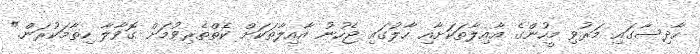
ހާދިސާގައި މަރުވި މީހުންގެ އާއިލާތަކަށާއި ހާލުގައި ޖެހުނު އާއިލާތަކަށް ކެތްތެރިވުމަށް ގޮވާލާ ހިތާމަކުރަން."